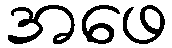
အဖေ